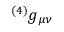
{ ^ { ( 4 ) } } g _ { \mu \nu }